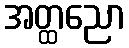
အတ္ထညော